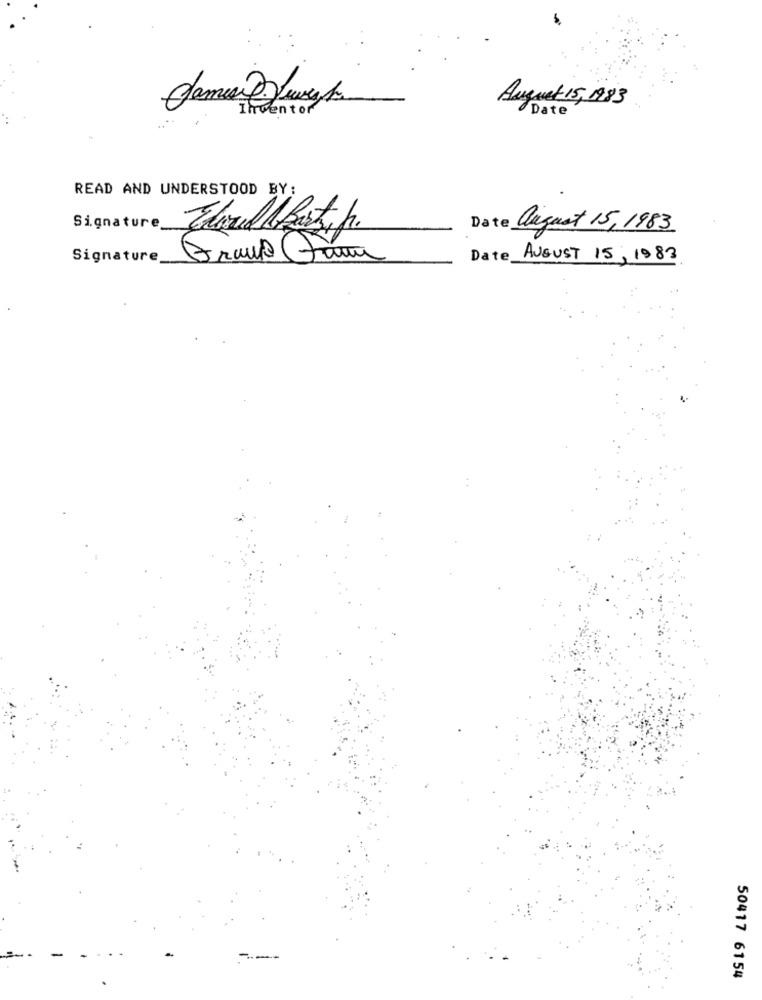
Inwentor
August 15, 1983
Date
READ AND UNDERSTOOD BY:
Signature
Date august 15, 1983
Signature
Date AUGUST 15, 1983
50417 6154